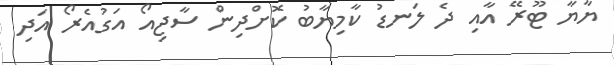
ޔާޔާ ޓޫރޭ އާއި ދެ ލަނޑު ކާމިޔާބު ކޮށްދިން ސާޖިއޯ އަގުއެރޯ އަދި